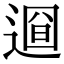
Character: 𨕚